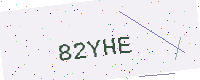
Text: 82YHE